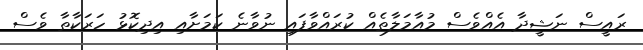
ރައީސް ނަޝީދާ އެއްވެސް މުއާމަލާތެއް ކުރައްވާފައި ނުވާނެ ކަމަށާއި އިދިކޮޅު ހަރަކާތާ ވެސް